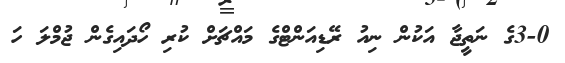
3-0ގެ ނަތީޖާ އަކުން ނިއު ރޭޑިއަންޓްގެ މައްޗަށް ކުރި ހޯދައިގެން ޖުމްލަ ހަ